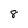
Character: 8